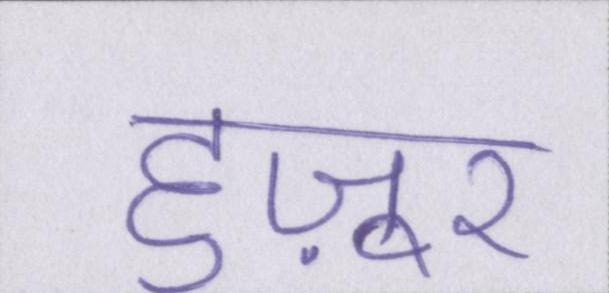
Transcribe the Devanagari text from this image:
हुज़ूर